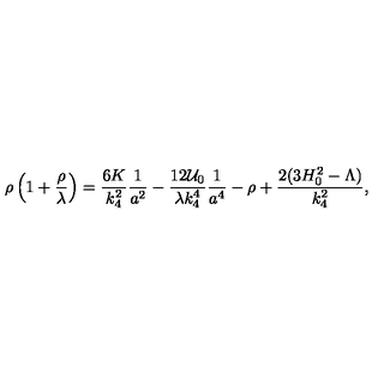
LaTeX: \rho \left( 1 + \frac { \rho } { \lambda } \right) = \frac { 6 K } { k _ { 4 } ^ { 2 } } \frac 1 { a ^ { 2 } } - \frac { 1 2 { \cal U } _ { 0 } } { \lambda k _ { 4 } ^ { 4 } } \frac 1 { a ^ { 4 } } - \rho + \frac { 2 ( 3 H _ { 0 } ^ { 2 } - \Lambda ) } { k _ { 4 } ^ { 2 } } ,